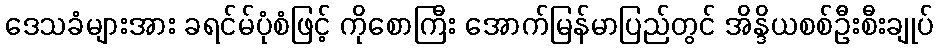
ဒေသခံများအား ခရင်မ်ပုံစံဖြင့် ကိုစောကြီး အောက်မြန်မာပြည်တွင် အိန္ဒိယစစ်ဦးစီးချုပ်